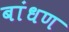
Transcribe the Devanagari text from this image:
बांधण